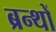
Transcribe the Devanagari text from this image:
ब्रन्थों